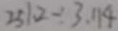
2 5 1 . 2 \div 3 . 1 1 4